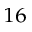
^ { 1 6 }